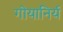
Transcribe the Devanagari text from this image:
गोयानिर्य